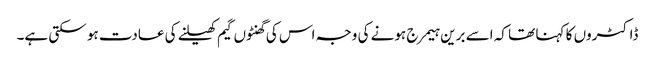
ڈاکٹروں کا کہنا تھا کہ اسے برین ہیمرج ہونے کی وجہ اس کی گھنٹوں گیم کھیلنے کی عادت ہو سکتی ہے۔